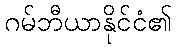
ဂမ်ဘီယာနိုင်ငံ၏